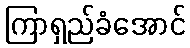
ကြာရှည်ခံအောင်